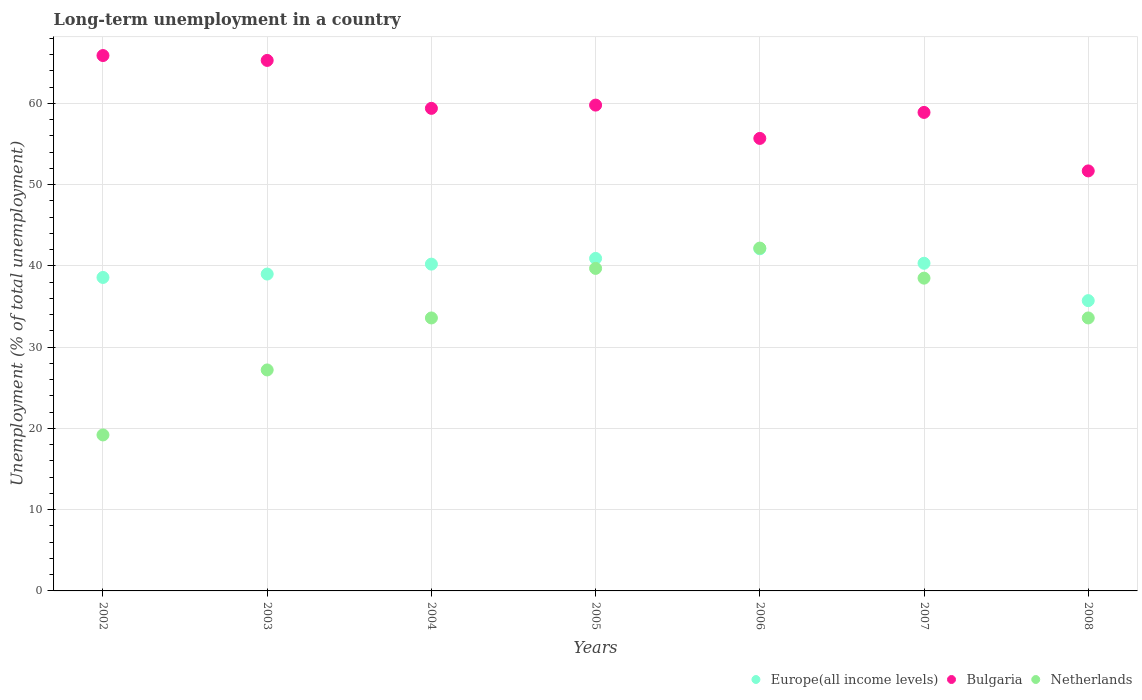
| Years | Europe(all income levels) | Bulgaria | Netherlands |
 | --- | --- | --- | --- |
 | 2002 | 38.6 | 65.9 | 19.2 |
 | 2003 | 39 | 65.3 | 27.2 |
 | 2004 | 40.2 | 59.4 | 33.6 |
 | 2005 | 40.9 | 59.8 | 39.7 |
 | 2006 | 42.1 | 55.7 | 42.2 |
 | 2007 | 40.3 | 58.9 | 38.5 |
 | 2008 | 35.7 | 51.7 | 33.6 |